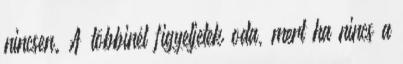
nincsen. A többinél figyeljetek oda, mert ha nincs a